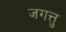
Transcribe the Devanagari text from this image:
जगत्तु